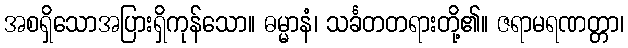
အစရှိသောအပြားရှိကုန်သော။ ဓမ္မာနံ၊ သင်္ခတတရားတို့၏။ ဇရာမရဏတ္တာ၊